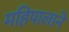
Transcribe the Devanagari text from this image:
महिपालाने